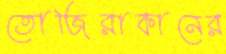
তোজিরাকানের